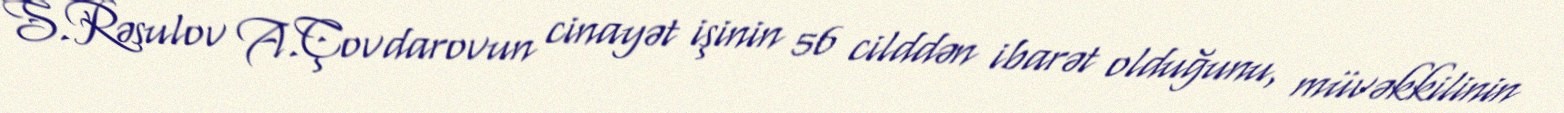
S.Rəsulov A.Çovdarovun cinayət işinin 56 cilddən ibarət olduğunu, müvəkkilinin